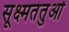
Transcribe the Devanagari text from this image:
सूक्ष्मतंतुओं